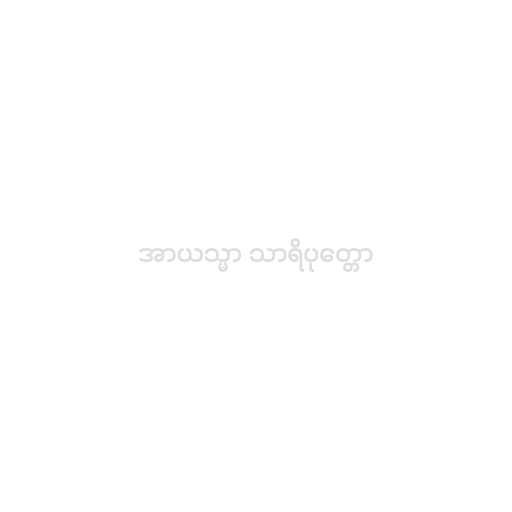
အာယသ္မာ သာရိပုတ္တော